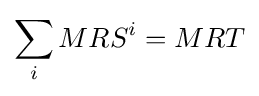
\sum _{i}MRS^{i}=MRT